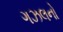
ગઝલનો